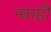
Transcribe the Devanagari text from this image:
न्वाही